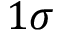
1 \sigma